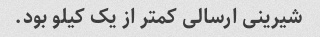
شیرینی ارسالی کمتر از یک کیلو بود.